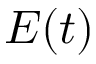
E ( t )